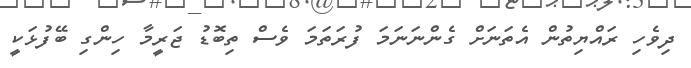
ދިވެހި ރައްޔިތުން އެތަނަށް ގެންނަނަމަ ފުރަތަމަ ވެސް ތިބޮޑު ޖަރީމާ ހިންގި ބޭފުޅަކީ